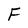
Character: F